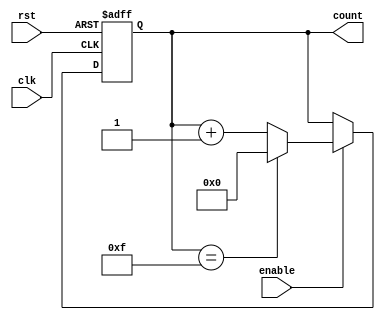
module memory_blocks_up_counter #(parameter N = 4) (
    input wire clk,          // Clock signal
    input wire rst,          // Asynchronous reset
    input wire enable,       // Enable signal
    output reg [N-1:0] count // N-bit counter output
);

    // Always block triggered on the rising edge of the clock
    always @(posedge clk or posedge rst) begin
        if (rst) begin
            count <= 0;      // Reset the counter to zero
        end else if (enable) begin
            if (count == (2**N - 1)) begin
                count <= 0;  // Wrap around to zero
            end else begin
                count <= count + 1; // Increment the counter
            end
        end
    end

endmodule